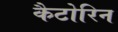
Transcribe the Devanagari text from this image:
कैटोरिन